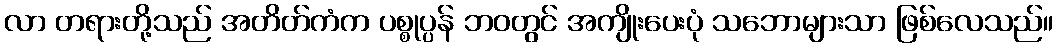
လာ တရားတို့သည် အတိတ်ကံက ပစ္စုပ္ပန် ဘဝတွင် အကျိုးပေးပုံ သဘောများသာ ဖြစ်လေသည်။